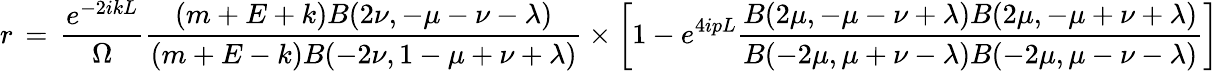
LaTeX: r\, =\, \frac{e^{-2ikL}}{\Omega}\frac{(m+E+k)B(2\nu,-\mu-\nu-\lambda)}{(m+E-k)B(-2\nu,1-\mu+\nu+\lambda)}\times\left[1-e^{4ipL}\frac{B(2\mu,-\mu-\nu+\lambda)B(2\mu,-\mu+\nu+\lambda)}{B(-2\mu,\mu+\nu-\lambda)B(-2\mu,\mu-\nu-\lambda)}\right]